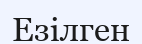
Езілген